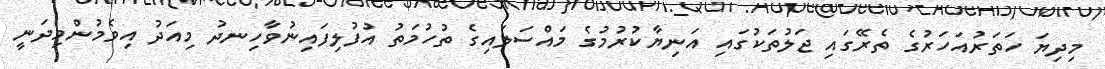
މިދިޔަ ހަތަރުއަހަރުގެ ތެރޭގައި ޖަލުތަކުގައި އަނިޔާކުރުމުގެ މައްސަލައިގެ ތުހުމަތު އުފުލިފައިނުވާހިނދު މިއަދު އިވެމުންމިދަނީ